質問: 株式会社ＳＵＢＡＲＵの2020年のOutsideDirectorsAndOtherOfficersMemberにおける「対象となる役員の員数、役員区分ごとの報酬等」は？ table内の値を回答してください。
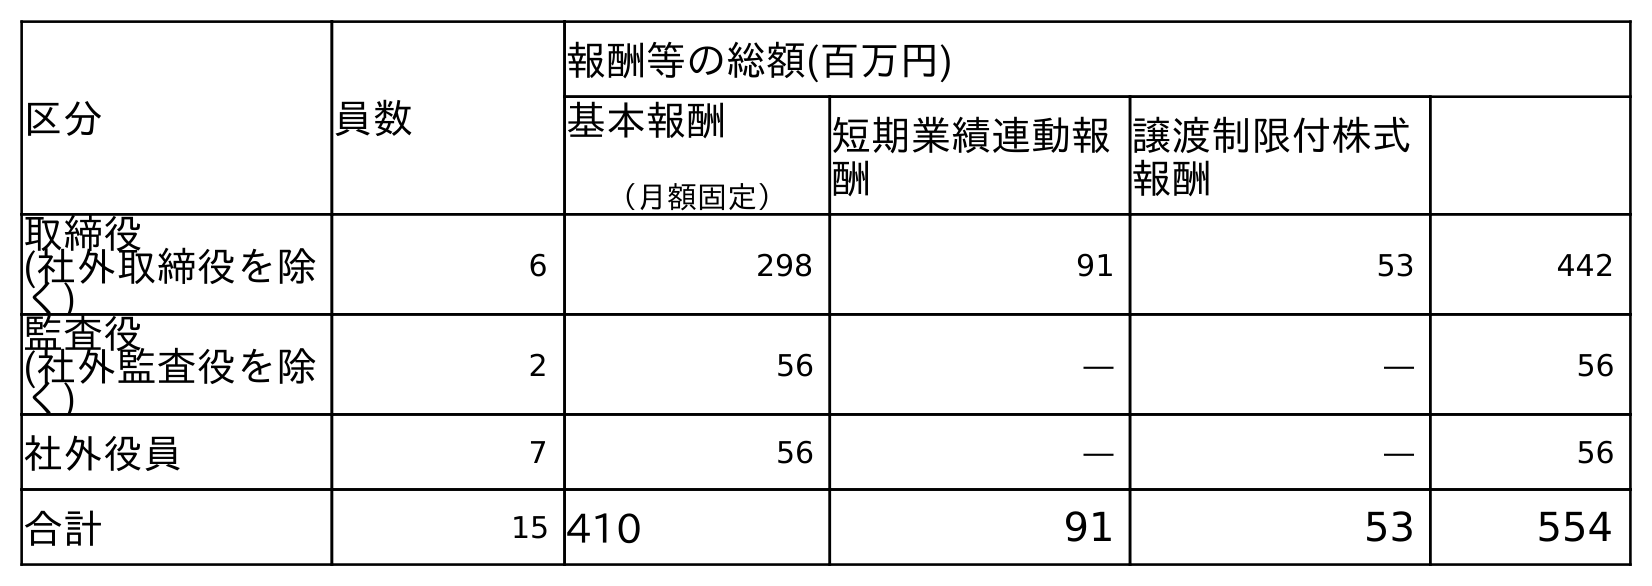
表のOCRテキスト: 区分 員数 報酬等の総額(百万円) 基本報酬 （月額固定） 短期業績連動報 酬 譲渡制限付株式 報酬 取締役 (社外取締役を除 く) 6 298 91 53 442 監査役 (社外監査役を除 く) 2 56 ― ― 56 社外役員 7 56 ― ― 56 合計 15 410 91 53 554
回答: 7